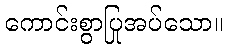
ကောင်းစွာပြုအပ်သော။